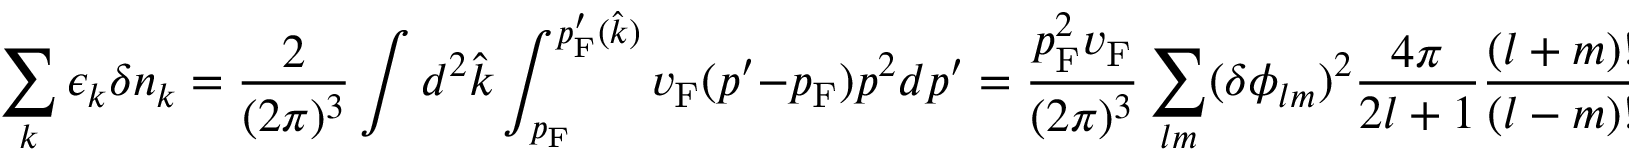
\sum _ { k } \epsilon _ { k } \delta n _ { k } = { \frac { 2 } { ( 2 \pi ) ^ { 3 } } } \int d ^ { 2 } { \hat { k } } \int _ { p _ { \mathrm { { F } } } } ^ { p _ { \mathrm { { F } } } ^ { \prime } ( { \hat { k } } ) } v _ { \mathrm { { F } } } ( p ^ { \prime } - p _ { \mathrm { { F } } } ) p ^ { 2 } d p ^ { \prime } = { \frac { p _ { \mathrm { { F } } } ^ { 2 } v _ { \mathrm { { F } } } } { ( 2 \pi ) ^ { 3 } } } \sum _ { l m } ( \delta \phi _ { l m } ) ^ { 2 } { \frac { 4 \pi } { 2 l + 1 } } { \frac { ( l + m ) ! } { ( l - m ) ! } }